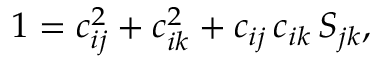
1 = c _ { i j } ^ { 2 } + c _ { i k } ^ { 2 } + c _ { i j } \, c _ { i k } \, S _ { j k } ,